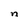
Character: n